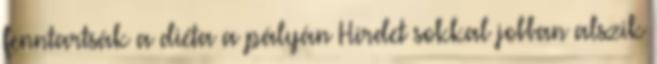
fenntartsák a diéta a pályán Hirdet sokkal jobban alszik